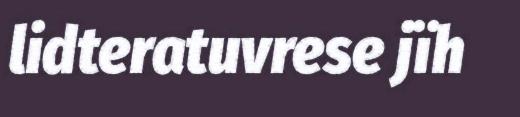
lidteratuvrese jïh